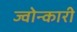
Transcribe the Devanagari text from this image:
ज्वोन्कारी